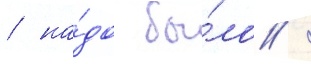
/ на́до бы́ло /